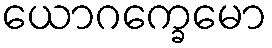
ယောဂက္ခေမော